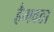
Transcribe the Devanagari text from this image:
हैमवठा